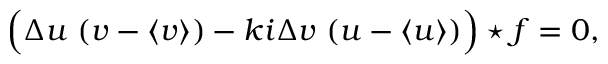
\Bigl ( \Delta u ~ ( v - \langle v \rangle ) - k i \Delta v ~ ( u - \langle u \rangle ) \Bigr ) \star f = 0 ,